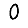
Digit: 0